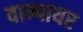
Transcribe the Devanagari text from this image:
वाम्पायर